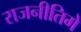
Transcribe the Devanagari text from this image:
राजनीतिमे